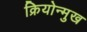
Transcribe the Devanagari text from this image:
क्रियोन्मुख